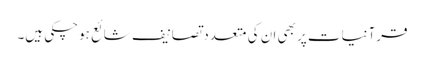
قرآنیات پر بھی ان کی متعدد تصانیف شائع ہوچکی ہیں۔